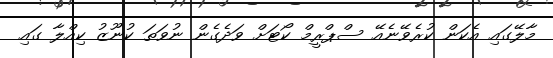
މާލޭގައި އެކަން ކުރެވޭނެއޭ ސްޕްރީމް ކޯޓަށް ވަދެގެން ނުވަތަ ކުނޫޒު ކިއްލާ ގައި